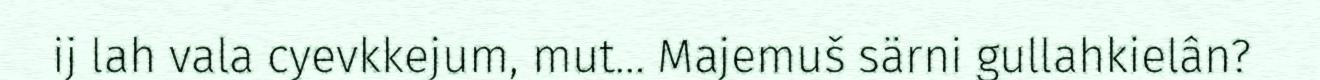
ij lah vala cyevkkejum, mut... Majemuš särni gullahkielân?